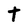
Character: t